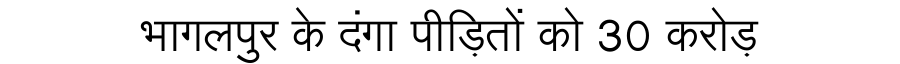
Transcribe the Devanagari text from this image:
भागलपुर के दंगा पीड़ितों को 30 करोड़